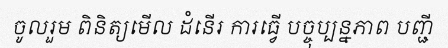
ចូលរួម ពិនិត្យមើល ដំនើរ ការធ្វើ បច្ចុប្បន្នភាព បញ្ជី